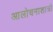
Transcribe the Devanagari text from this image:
आलोचनाशात्री